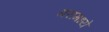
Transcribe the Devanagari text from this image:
गरामध्ये